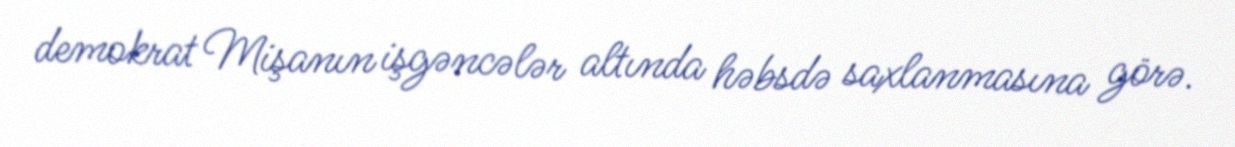
demokrat Mişanın işgəncələr altında həbsdə saxlanmasına görə.